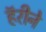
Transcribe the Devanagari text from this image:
हॅरीने